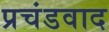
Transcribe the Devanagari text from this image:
प्रचंडवाद